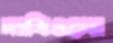
দাবিগুলো